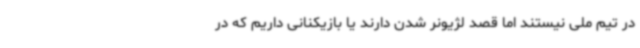
در تیم ملی نیستند اما قصد لژیونر شدن دارند یا بازیکنانی داریم که در